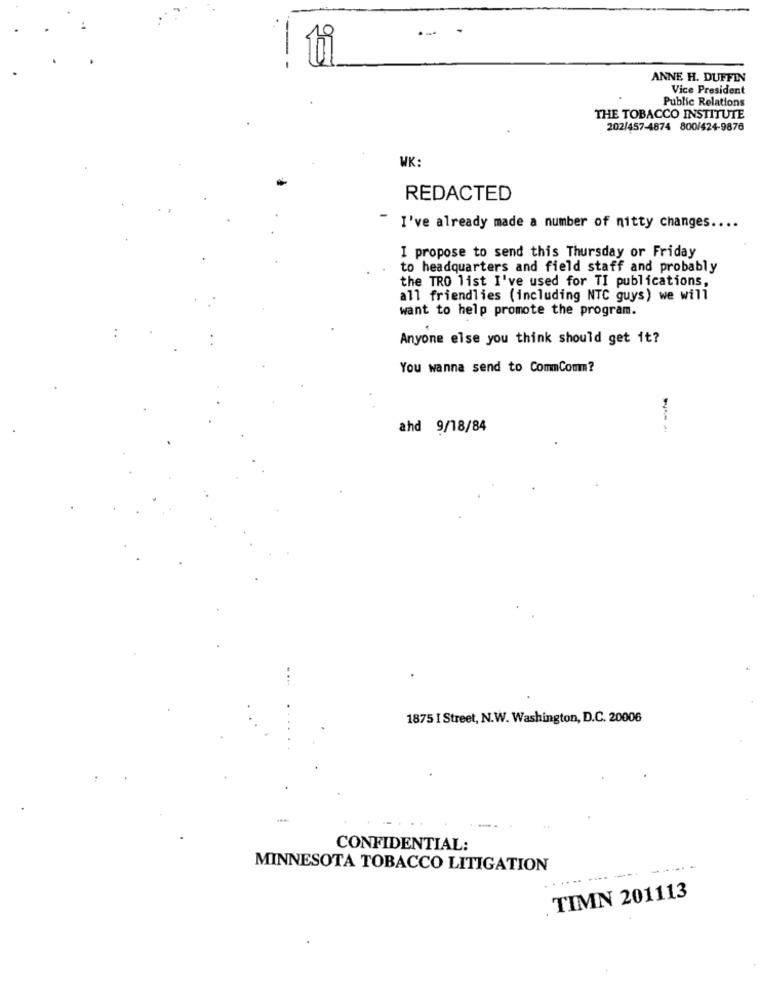
ANNE H. DUFFIN
Vice President
Public Relations
THE TOBACCO INSTITUTE
202/457-4874 800/424-9876
WK:
REDACTED
I've already made a number of nitty changes.
I propose to send this Thursday or Friday
to headquarters and field staff and probably
the TRO list I've used for TI publications,
all friendlies (including NTC guys) we will
want to help promote the program.
Anyone else you think should get it?
You wanna send to CommComm?
ahd 9/18/84
1875 I Street, N.W. Washington, D.C. 20006
CONFIDENTIAL:
MINNESOTA TOBACCO LITIGATION
... .
TIMN 201113